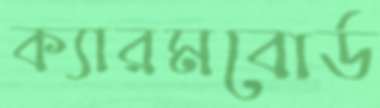
ক্যারমবোর্ড